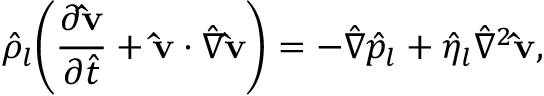
\hat { \rho } _ { l } \bigg ( \frac { \partial \mathbf { \hat { v } } } { \partial \hat { t } } + \mathbf { \hat { v } } \cdot \hat { \nabla } \mathbf { \hat { v } } \bigg ) = - \hat { \nabla } \hat { p } _ { l } + \hat { \eta } _ { l } \hat { \nabla } ^ { 2 } \mathbf { \hat { v } } ,